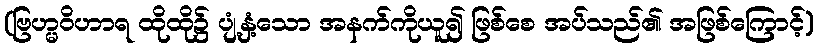
(ဗြဟ္မဝိဟာရ ထိုထို၌ ပျံ့နှံ့သော အနက်ကိုယူ၍ ဖြစ်စေ အပ်သည်၏ အဖြစ်ကြောင့်)